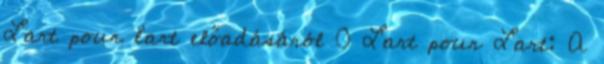
L’art pour l’art előadásáról 0 L’art pour L’art: A